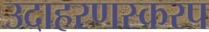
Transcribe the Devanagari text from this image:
उदाहरणस्करप